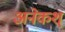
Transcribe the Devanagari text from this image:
अनेकश्